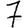
Digit: 7